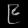
Digit: ၉